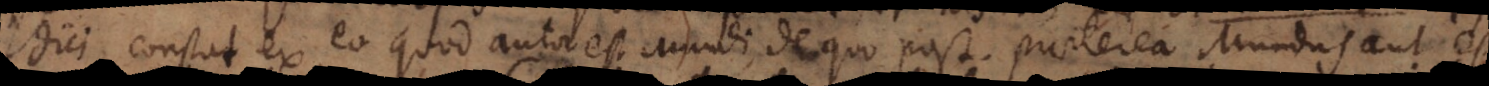
dici, constat ex eo quod autor est mundi, de quo post. Praeterea mundus aut est